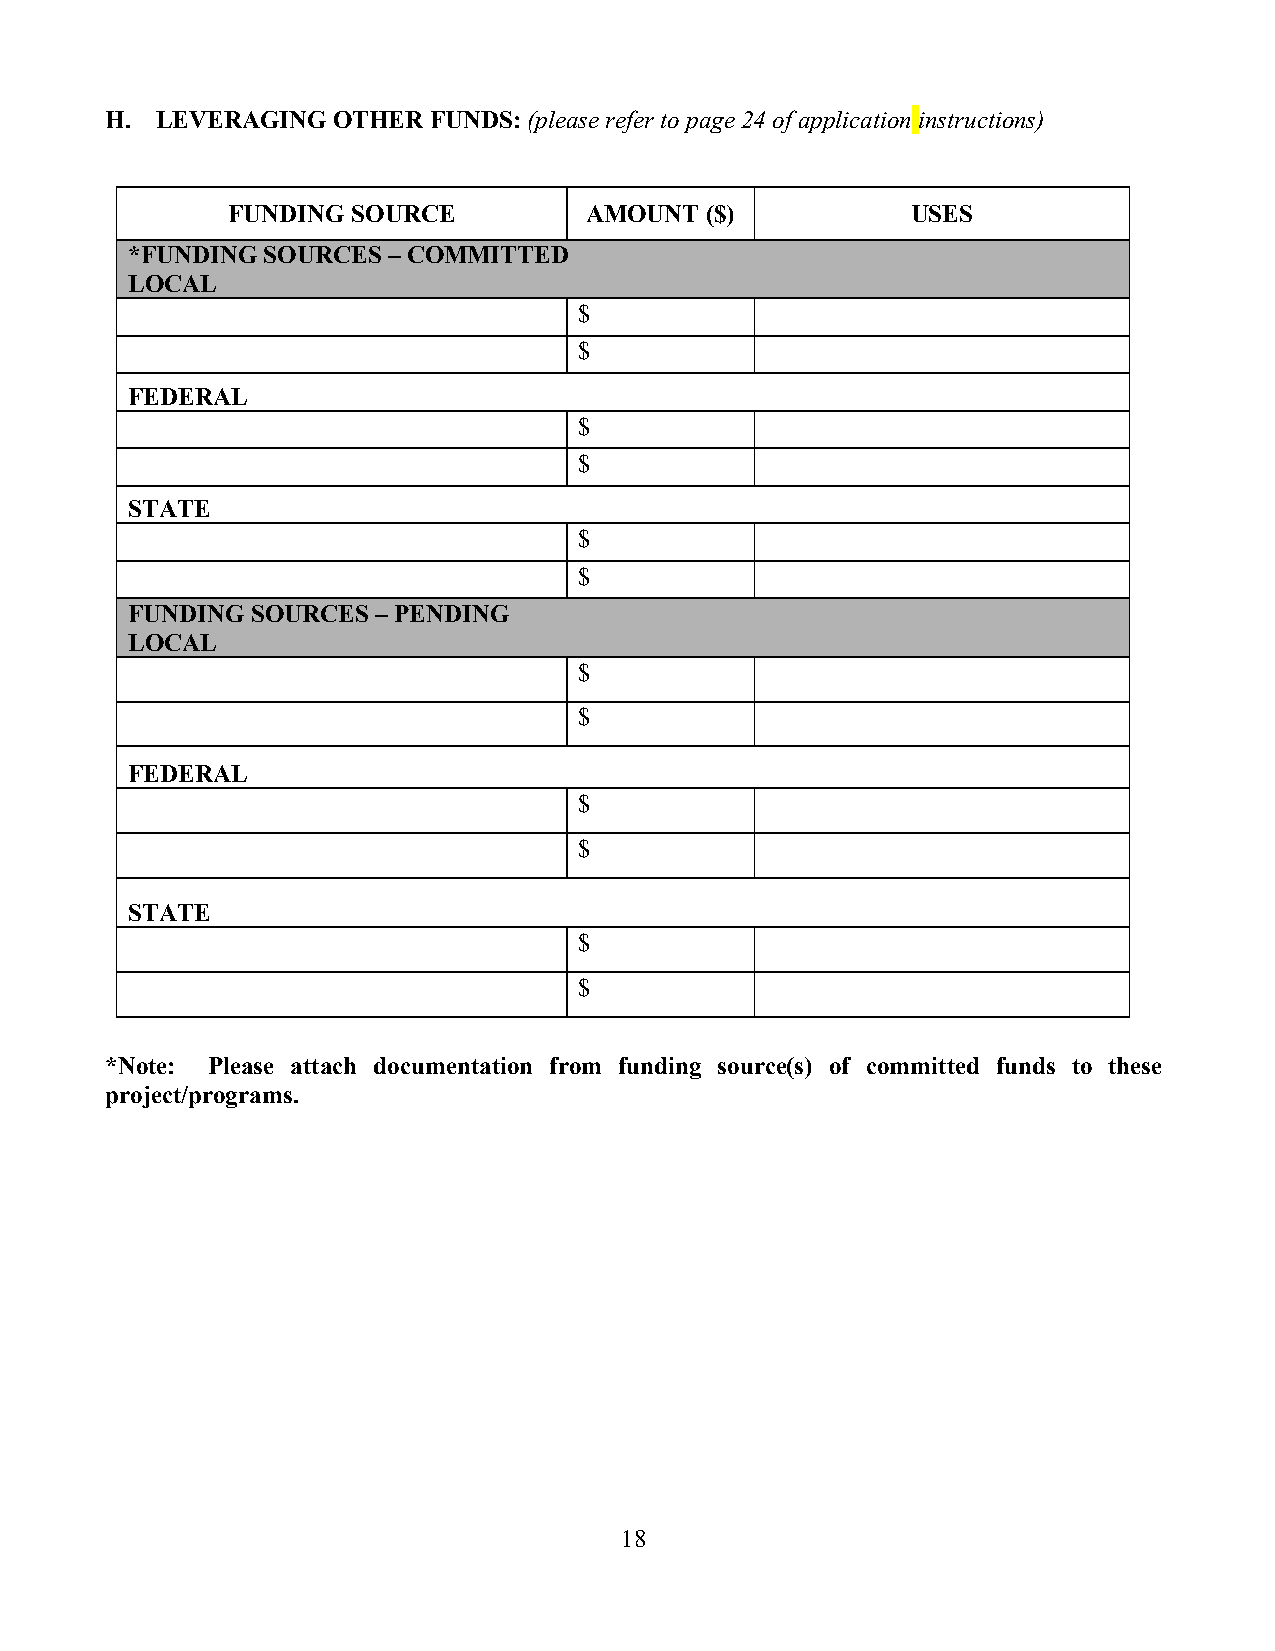
H. LEVERAGING  OTHER FUNDS: (please refer to page 24 of application instructions)
 FUNDING SOURCE          AMOUNT  ($)          USES
 *FUNDING SOURCES  – COMMITTED
 LOCAL
 $
 $
 FEDERAL
 $
 $
 STATE
 $
 $
 FUNDING  SOURCES – PENDING
 LOCAL
 $
 $
 FEDERAL
 $
 $
 STATE
 $
 $
 *Note: Please attach documentation from funding source(s) of committed funds to these
 project/programs.
 18